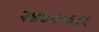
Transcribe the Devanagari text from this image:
२४४८०६८६